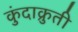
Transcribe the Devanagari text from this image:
कुंदाक्रुती